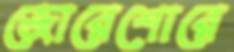
জোরেশোরে